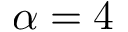
\alpha = 4